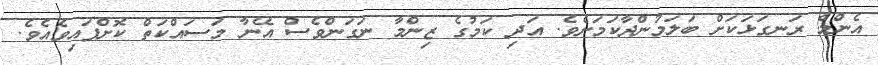
އެންމެ ރަނގަޅަކަށް ބަލަމުންދާކަމަށެވެ. އަދި ކަމުގެ ޒިންމާ ނަގަންވެސް އޭނާ މަސައްކަތް ކޮށްފައިވެއެވެ.